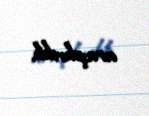
araşdırılıb.